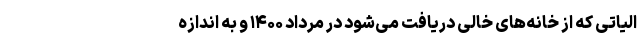
الیاتی که از خانه‌های خالی دریافت می‌شود در مرداد ۱۴۰۰ و به اندازه